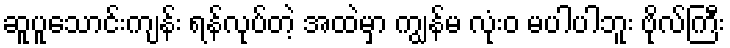
ဆူပူသောင်းကျန်း ရန်လုပ်တဲ့ အထဲမှာ ကျွန်မ လုံးဝ မပါပါဘူး ဗိုလ်ကြီး